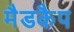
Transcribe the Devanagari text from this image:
मैडकैप